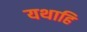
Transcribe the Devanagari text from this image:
यथाहि